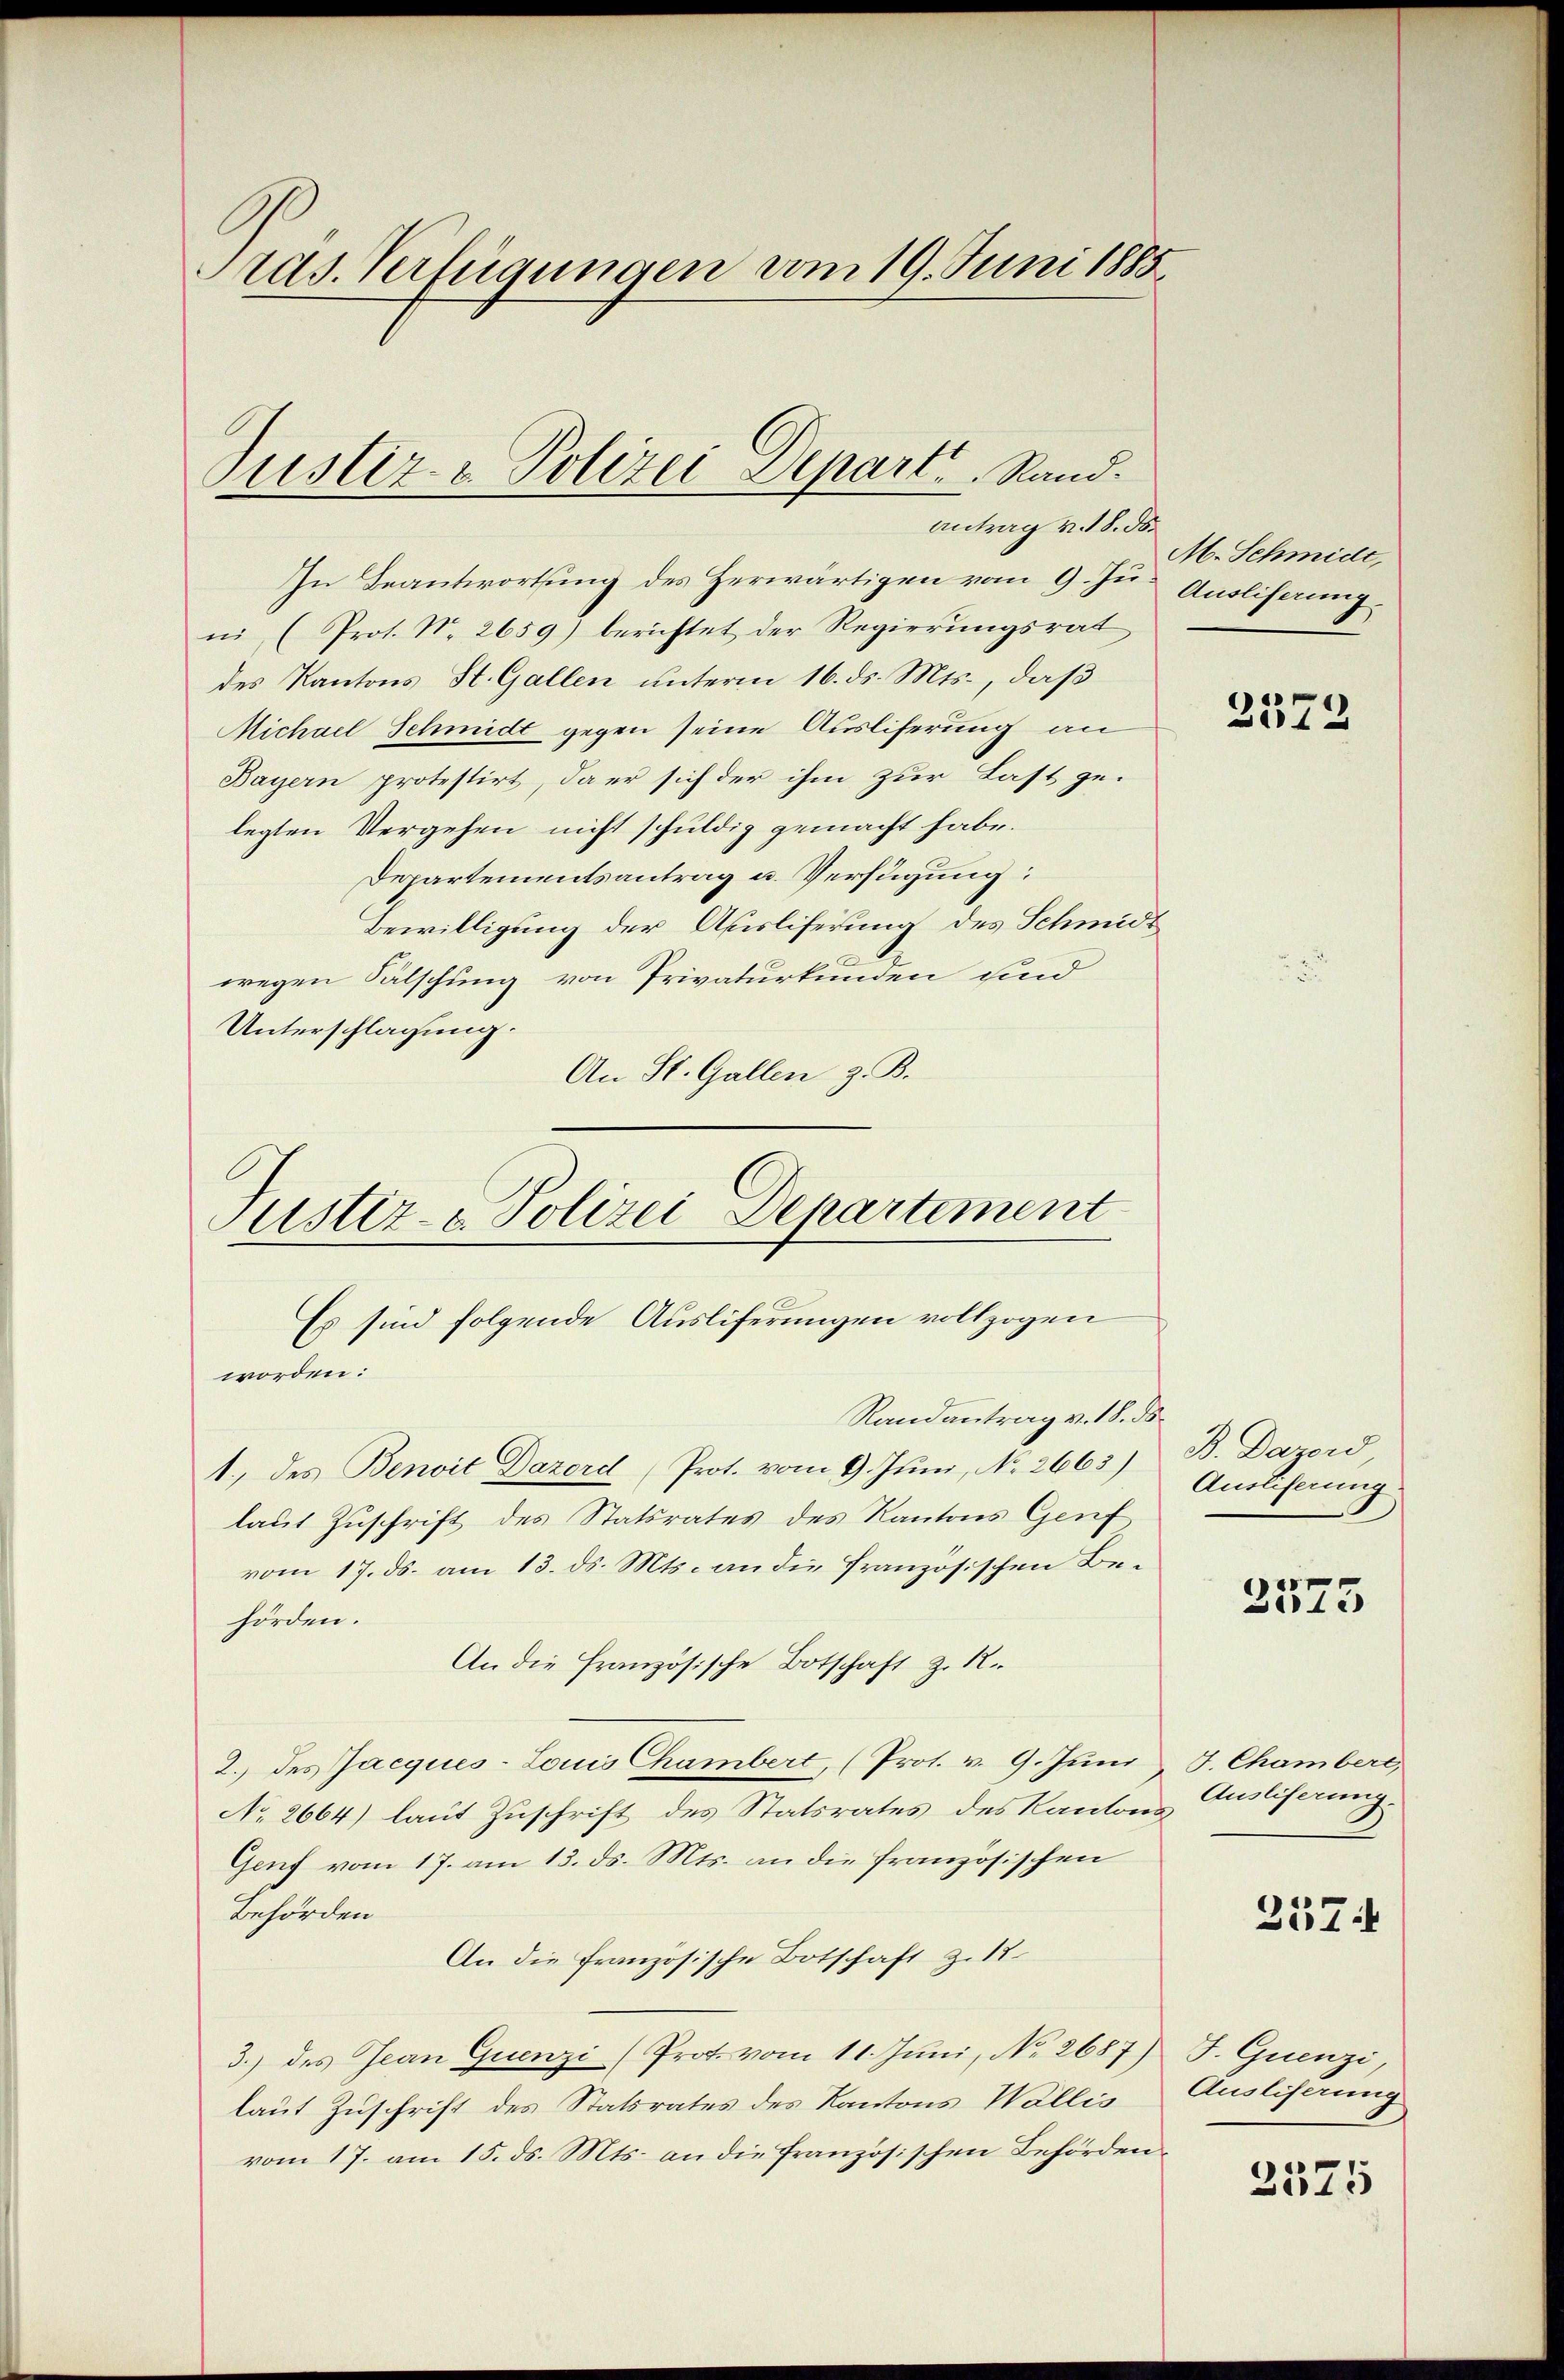
Ads. Verfügungen vom 19. Juni 1885.

Justiz - Polizei Depart Rand.
Antrag v. 18. ds.

In Beantwortung des Herwärtigen vom 9. Ju Ausliferungni (Prot. N. 2659) berichtet der Regierungsrat
des Kantons St. Gallen unterm 16. ds. Mts., daß
Michael Schmidt gegen seine Ausliferung an
Bayern protestirt, da er sich der ihm zur Last ge-
legten Vergehen nicht schuldig gemacht habe.
Departementsantrag u. Verfügung:
Bewilligung der Ausliferung des Schmidt
wegen Fälschung von Privaturkunden sind
Unterschlagung.
An St. Gallen z. B.

Justiz- & Polizei Departement
Es sind folgende Ausliferungen vollzogen
worden:

M. Schmidt,

Randantrag v. 18. ds.
1., des Benoit Dazord Prot. vom 9. Juni, No 2665)
laut Zuschrift des Statsrates des Kantons Genf
vom 17. ds. am 13. ds. Mts. an die französischen Be-
hörden.
An die Französische Botschaft z. R.
2. des Jacques-Louis Chambert, (Prot. v. 9. Juni
No 2664) laut Zuschrift des Statsrates des Kantons¬
Genf vom 17. am 13. ds. Mts. an die französischen
Behörden
An die französische Botschaft z. 12.
3.) des Jean Quenzi (Prot vom 11. Juni, No. 2687) J. Guenzi,
laut Zuschrift des Statsrates des Kantons Wallis
vom 17. am 15. ds. Mts. an die Französischen Behörden

2372

B. Dazerd
Ausliferung.

2575

4. Chambert,
Auslieferung.
2574

Ausliserung

2375